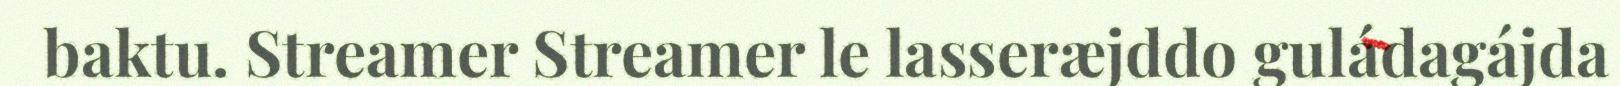
baktu. Streamer Streamer le lasseræjddo guládagájda